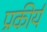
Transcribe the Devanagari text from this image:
प्रकीर्य